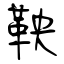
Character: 鞅